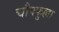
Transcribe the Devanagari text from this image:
चौफ्फुल्ला